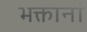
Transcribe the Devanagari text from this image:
भक्तानां